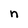
Character: n